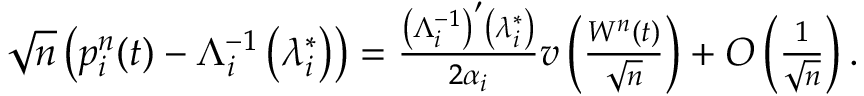
\begin{array} { r } { \sqrt { n } \left( p _ { i } ^ { n } ( t ) - \Lambda _ { i } ^ { - 1 } \left( \lambda _ { i } ^ { * } \right) \right) = \frac { \left( \Lambda _ { i } ^ { - 1 } \right) ^ { \prime } \left( \lambda _ { i } ^ { * } \right) } { 2 \alpha _ { i } } v \left( \frac { W ^ { n } ( t ) } { \sqrt { n } } \right) + O \left( \frac { 1 } { \sqrt { n } } \right) . } \end{array}